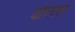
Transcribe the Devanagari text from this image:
योजाल